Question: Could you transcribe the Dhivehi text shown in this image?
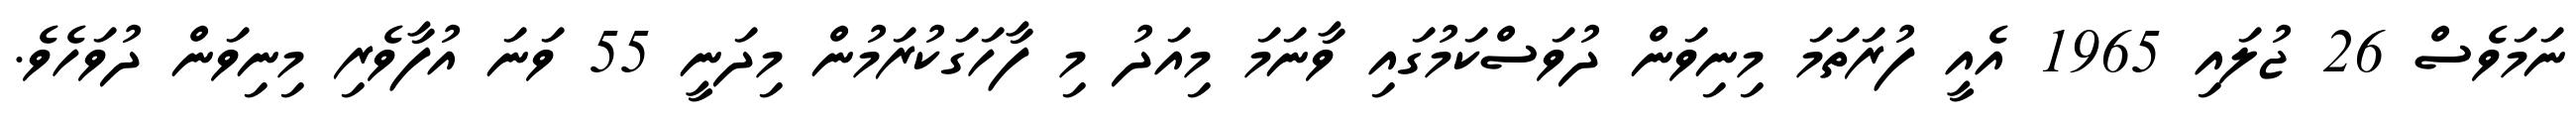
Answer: ނަމަވެސް 26 ޖުލައި 1965 އެއީ ފުރަތަމަ މިނިވަން ދުވަސްކަމުގައި ވާނަމަ މިއަދު މި ފާހަގަކުރަމުން މިދަނީ 55 ވަނަ އުފާވެރި މިނިވަން ދުވަހެވެ.